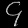
Digit: ၄